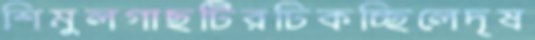
শিমুলগাছটিরঢিকচ্ছিলেদৃষ